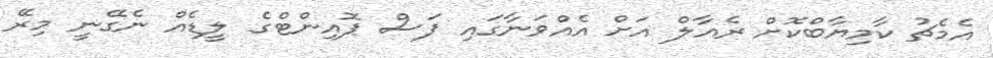
އެމެޗު ކާމިޔާބްކޮށް ރެއާލް އަށް އެއްވަނާގައި ފަސް ޕޮއިންޓްގެ ލީޑެއް ނެގޭނީ މިރޭ